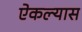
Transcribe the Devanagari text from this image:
ऐकल्यास